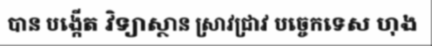
បាន បង្កើត វិទ្យាស្ថាន ស្រាវជ្រាវ បច្ចេកទេស ហុង